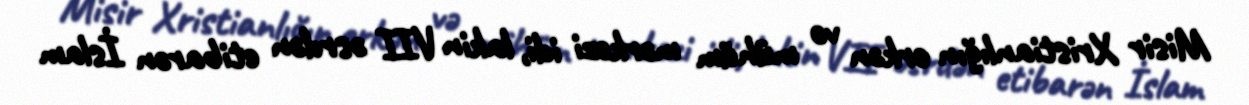
Misir Xristianlığın erkən və mühüm mərkəzi idi, lakin VII əsrdən etibarən İslam